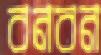
বনবন